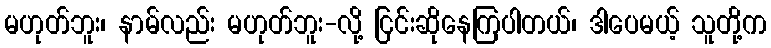
မဟုတ်ဘူး၊ နာမ်လည်း မဟုတ်ဘူး-လို့ ငြင်းဆိုနေကြပါတယ်၊ ဒါပေမယ့် သူတို့က